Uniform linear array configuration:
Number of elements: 24
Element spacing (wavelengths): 0.5
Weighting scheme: uniform
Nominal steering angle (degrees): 60
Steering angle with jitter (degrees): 60.632
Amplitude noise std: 0.05
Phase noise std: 0.05

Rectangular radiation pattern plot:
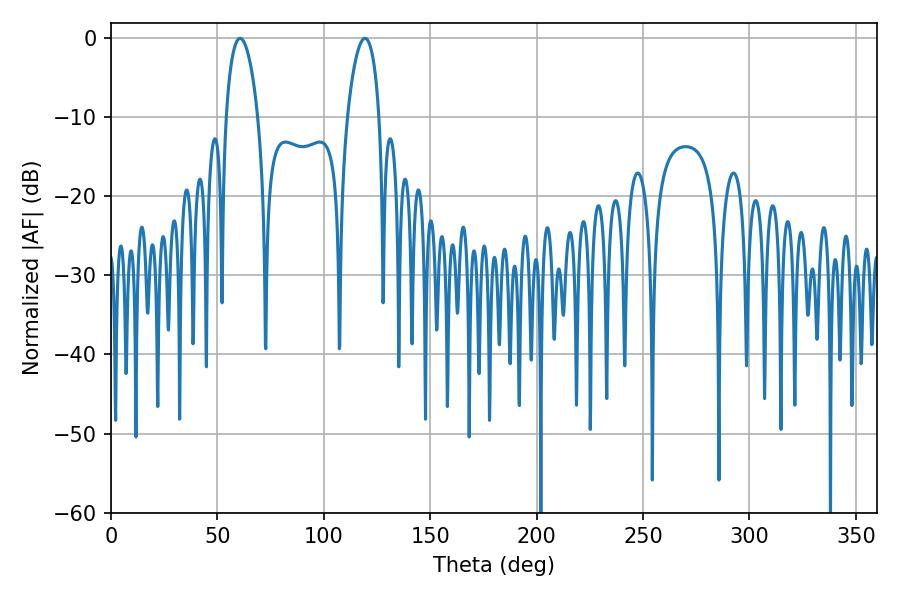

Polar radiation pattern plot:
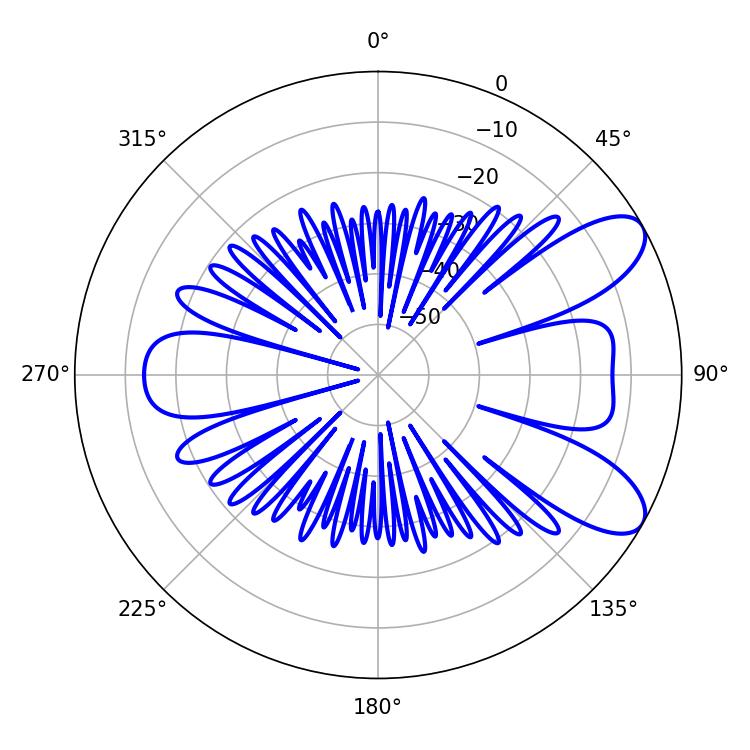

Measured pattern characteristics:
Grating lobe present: FALSE
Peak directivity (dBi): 8.521
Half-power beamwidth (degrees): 8.46
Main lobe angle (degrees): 60.66